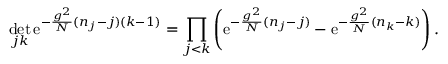
\operatorname * { d e t } _ { j k } \mathrm { e } ^ { - \frac { g ^ { 2 } } { N } ( n _ { j } - j ) ( k - 1 ) } = \prod _ { j < k } \left( \mathrm { e } ^ { - \frac { g ^ { 2 } } { N } ( n _ { j } - j ) } - \mathrm { e } ^ { - \frac { g ^ { 2 } } { N } ( n _ { k } - k ) } \right) .